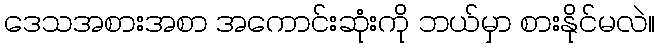
ဒေသအစားအစာ အကောင်းဆုံးကို ဘယ်မှာ စားနိုင်မလဲ။